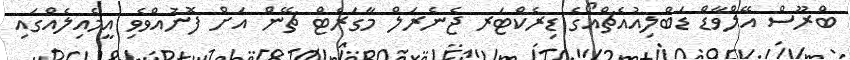
ބްރޫސް އޭލްވާޑް ޑަބްލިއުއެޗްއޯގެ ޑިރެކްޓަރ ޖެނެރަލް މާގަރެޓް ޗޭން އަށް ފޮނުއްވެވި އީމެއިލެއްގައި